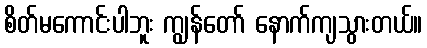
စိတ်မကောင်းပါဘူး ကျွန်တော် နောက်ကျသွားတယ်။